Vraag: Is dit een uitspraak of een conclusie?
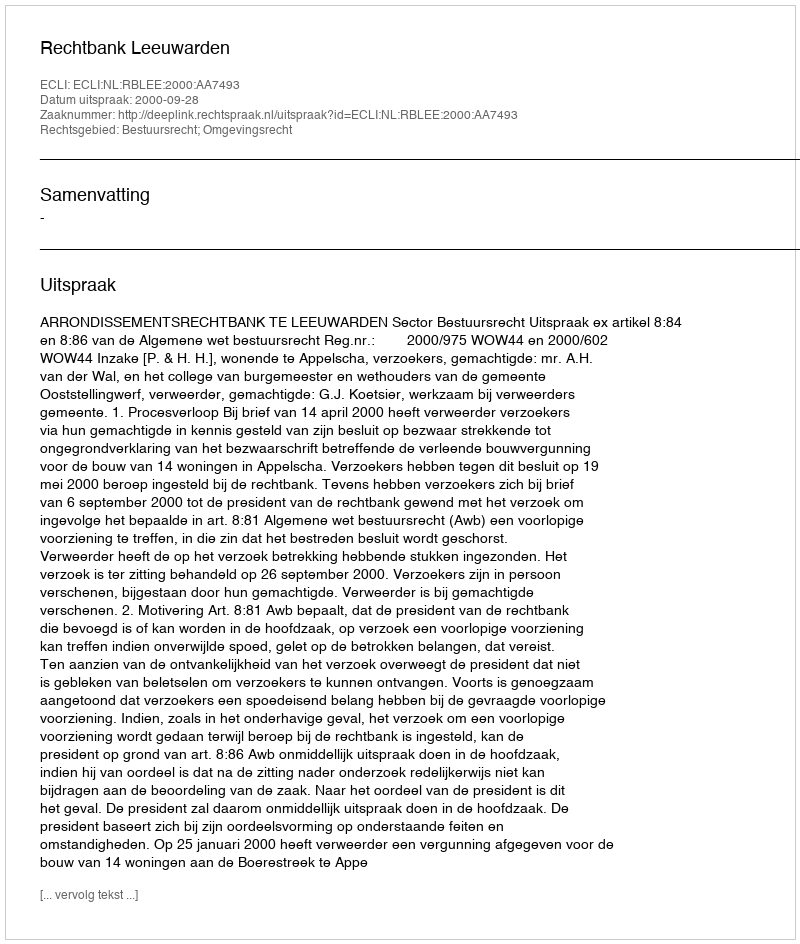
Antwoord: Uitspraak